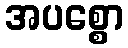
အပစ္စော